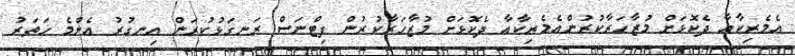
އެމެރިކާއާ ދެކޮޅަށް މުޒާހަރާކުރުންއެމެރިކާއާ ދެކޮޅަށް މުޒާހަރާކުރުން ފިޓްނަސް ރަނގަޅުކުރަން އިނގުރު އެންމެ ހަތަރު